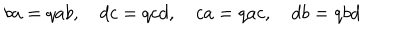
b a = q a b , \quad d c = q c d , \quad c a = q a c , \quad d b = q b d